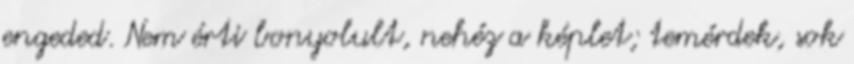
engeded. Nem érti bonyolult, nehéz a képlet; temérdek, sok